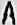
A